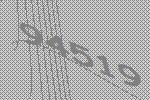
94519